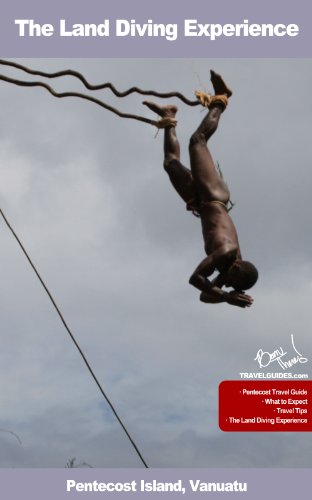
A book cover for The Land Diving Experience (Vanuatu Travel Guides Book 1); Been There Travel Guides; Travel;